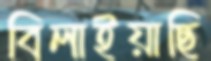
বিলাইয়াছি